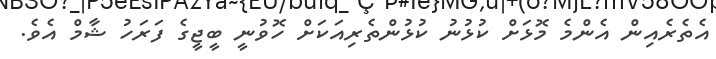
އެތެރެއިން އެންމެ މޮޅަށް ކުޅުނު ކުޅުންތެރިއަކަށް ހޮވުނީ ބީޖީގެ ފަރަހު ޝާމް އެވެ.